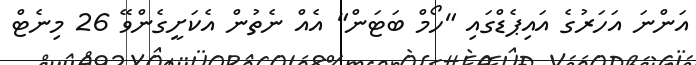
އަންނަ އަހަރުގެ އައިޕެޑްގައި "ހޯމް ބަޓަން" އެއް ނެތުން އެކަށީގެންވޭ 26 މިނެޓް